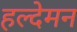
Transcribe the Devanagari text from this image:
हल्देमन